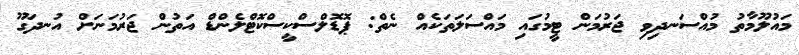
މައުލޫމާތު މުއްސަނދިވި ޖަރުމަން ޓީމުގައި މައްސަލަތަކެއް ނެތް: ޕޮޑޮލްސްކީސްކޮޓްލެންޑް އަތުން ޖަރުމަނަށް އުނދަގޫ